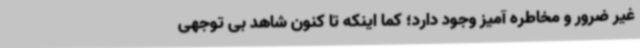
غیر ضرور و مخاطره آمیز وجود دارد؛ کما اینکه تا کنون شاهد بی توجهی